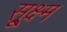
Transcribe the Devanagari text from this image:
सू्क्ष्म